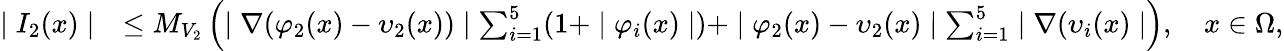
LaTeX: \begin{array}{rl}{\mid I_{2}(x)\mid}&{\leq M_{V_{2}}\left(\mid\nabla(\varphi_{2}(x)-\upsilon_{2}(x))\mid\sum_{i=1}^{5}(1+\mid\varphi_{i}(x)\mid)+\mid\varphi_{2}(x)-\upsilon_{2}(x)\mid\sum_{i=1}^{5}\mid\nabla(\upsilon_{i}(x)\mid\right),\quad x\in\Omega,}\end{array}